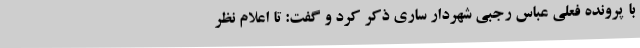
با پرونده فعلی عباس رجبی شهردار ساری ذکر کرد و گفت: تا اعلام نظر